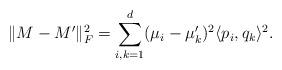
LaTeX: \begin{align*} \| M-M'\|_F^2 = \sum_{i,k=1}^d ( \mu_i - \mu'_k)^2 \langle p_i, q_k\rangle^2.\end{align*}